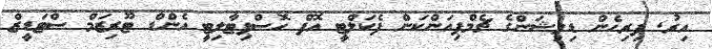
އިރު